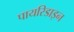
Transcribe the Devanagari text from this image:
पायरिडाइन